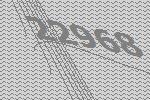
22968